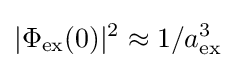
|\Phi _{\rm {ex}}(0)|^{2}\approx 1/a_{\rm {ex}}^{3}